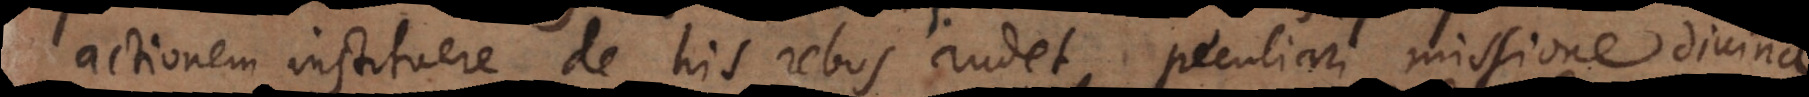
actionem instituere de his rebus audet, peculiari missione sive